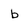
Character: b